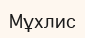
Мұхлис